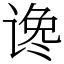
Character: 谗